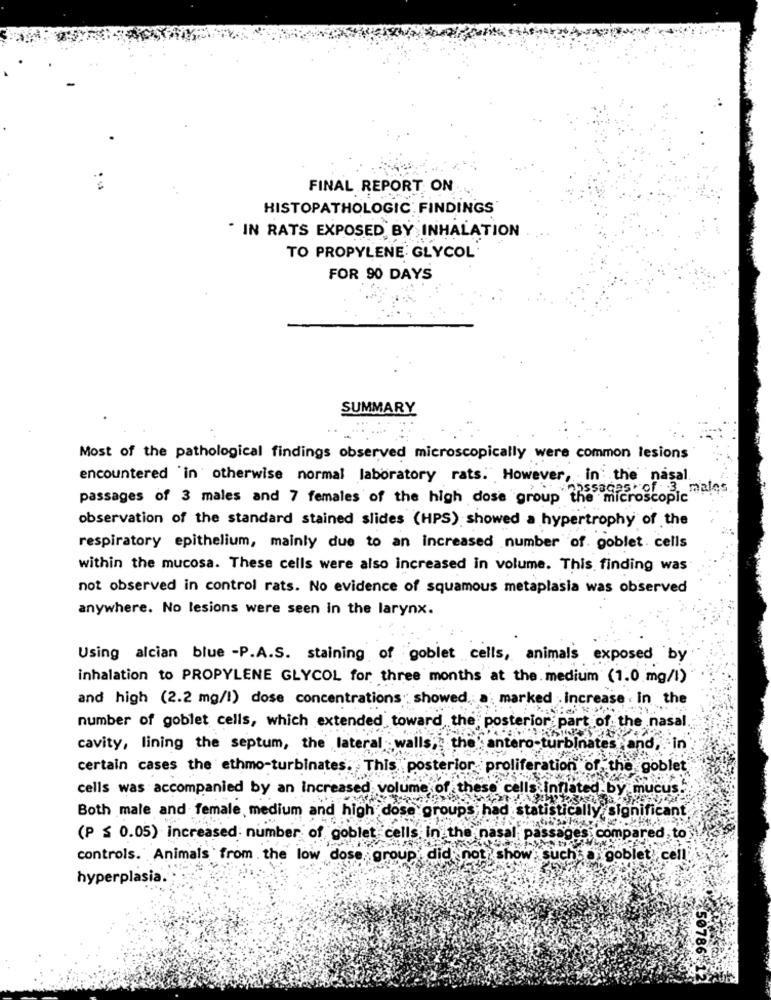
FINAL REPORT ON
HISTOPATHOLOGIC: FINDINGS
. IN RATS EXPOSED BY INHALATION
TO PROPYLENE GLYCOL
FOR 90 DAYS
SUMMARY
Most of the pathological findings observed microscopically were common lesions
encountered 'in otherwise normal laboratory rats. However, in the nasal
males
passages of 3 males and 7 females of the high dose group the microscopic
observation of the standard stained slides (HPS) showed a hypertrophy of the
respiratory epithelium, mainly due to an increased number of goblet cells
within the mucosa. These cells were also increased in volume. This finding was
not observed in control rats. No evidence of squamous metaplasia was observed
anywhere. No lesions were seen in the larynx.
Using alcian blue -P.A.S. staining of goblet cells, animals exposed by
inhalation to PROPYLENE GLYCOL for three months at the medium (1.0 mg/l)
and high (2.2 mg/l) dose concentrations" showed. a marked Increase . In the
number of goblet cells, which extended toward the posterior part of the nasal.
cavity, lining the septum, the lateral walls, the'antero-turbinates and, in
certain cases the ethmo-turbinates. This posterior proliferation of,the goblet
cells was accompanied by an increased volume of these cells inflated by mucus.
Both male and female, medium and high dose groups, had statistically significant
(P ≤ 0.05) increased: number of goblet cells in the nasal passages compared to
controls. Animals ` from the low dose, group, did not show, suchsa goblet cell
hyperplasia.
50786